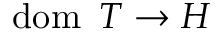
\operatorname { d o m } \ T \rightarrow H